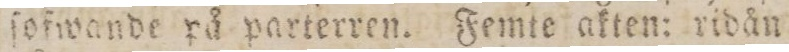
ſofwande på parterren. Femte akten: ridån